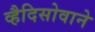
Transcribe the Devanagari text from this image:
व्हैदिसोवाने